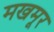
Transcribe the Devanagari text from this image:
मखमूर